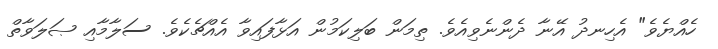
ހެއްޔެވެ" އެހިނދު އޭނާ ދެންނެވިއެވެ. ތިމަން ބަލިކަމުން އަޅާފައިވާ އެއްޗެކެވެ. ސަލާމާއި ޞަލަވާތް